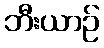
ဘီးယာဉ်